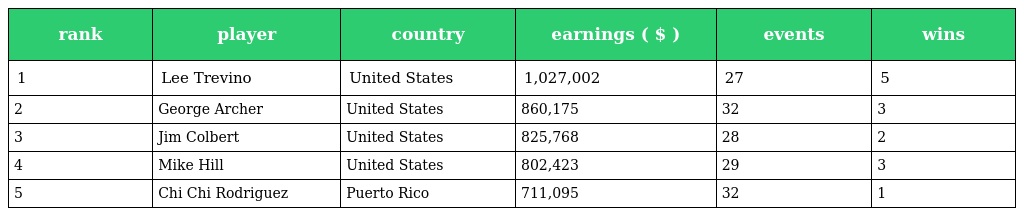
| rank | player | country | earnings ( $ ) | events | wins |
 | --- | --- | --- | --- | --- | --- |
 | 1 | Lee Trevino | United States | 1,027,002 | 27 | 5 |
 | 2 | George Archer | United States | 860,175 | 32 | 3 |
 | 3 | Jim Colbert | United States | 825,768 | 28 | 2 |
 | 4 | Mike Hill | United States | 802,423 | 29 | 3 |
 | 5 | Chi Chi Rodriguez | Puerto Rico | 711,095 | 32 | 1 |